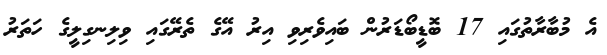
އެ މުބާރާތުގައި 17 ބޮޑީބޯޑަރުން ބައިވެރިވި އިރު އޭގެ ތެރޭގައި ވިލިނގިލީގެ ހަތަރު